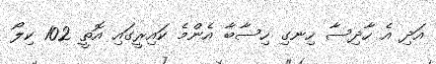
އަދި އެ ހާދިސާ ހިނގި ހިސާބާ އެންމެ ކައިރީގައި އޮތީ 102 ކިލޯ